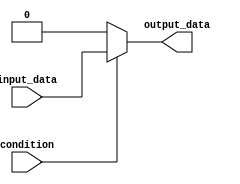
module if_else_statement (
    input wire condition,
    input wire input_data,
    output reg output_data
);

always @(*)
begin
    if (~condition) begin
        // Code to execute when condition is false
        output_data <= 1'b0;
    end else begin
        // Code to execute when condition is true
        output_data <= input_data;
    end
end

endmodule